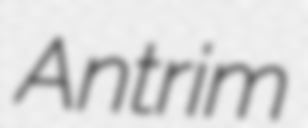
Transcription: Antrim